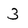
Character: 3